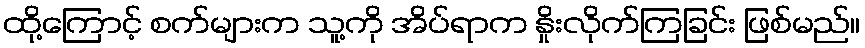
ထို့ကြောင့် စက်များက သူ့ကို အိပ်ရာက နှိုးလိုက်ကြခြင်း ဖြစ်မည်။